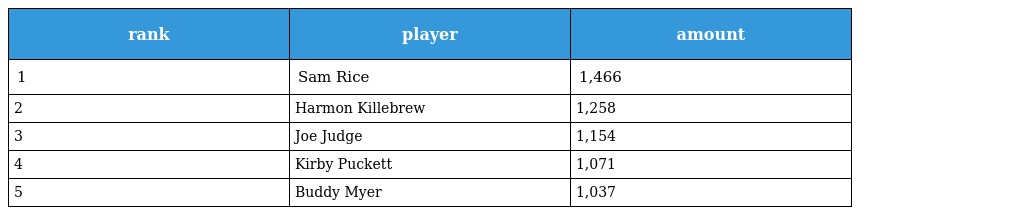
| rank | player | amount |
 | --- | --- | --- |
 | 1 | Sam Rice | 1,466 |
 | 2 | Harmon Killebrew | 1,258 |
 | 3 | Joe Judge | 1,154 |
 | 4 | Kirby Puckett | 1,071 |
 | 5 | Buddy Myer | 1,037 |